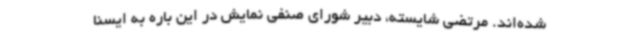
شده‌اند. مرتضی شایسته، دبیر شورای صنفی نمایش در این باره به ایسنا